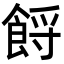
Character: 𩛝